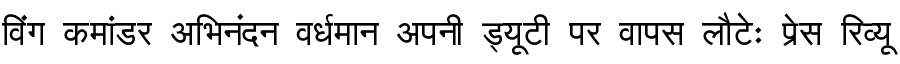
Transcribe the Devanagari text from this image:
विंग कमांडर अभिनंदन वर्धमान अपनी ड्यूटी पर वापस लौटेः प्रेस रिव्यू